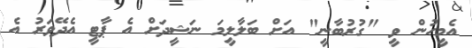
އެމީހުން ވީ "ގުރުބާނީ" އަށް ބަލާލީމަ ނަޝީދަށް އެ ޕާޓީ އެދޭވަރު އެ